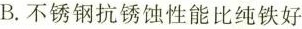
B.不锈钢抗锈蚀性能比纯铁好